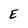
Character: E